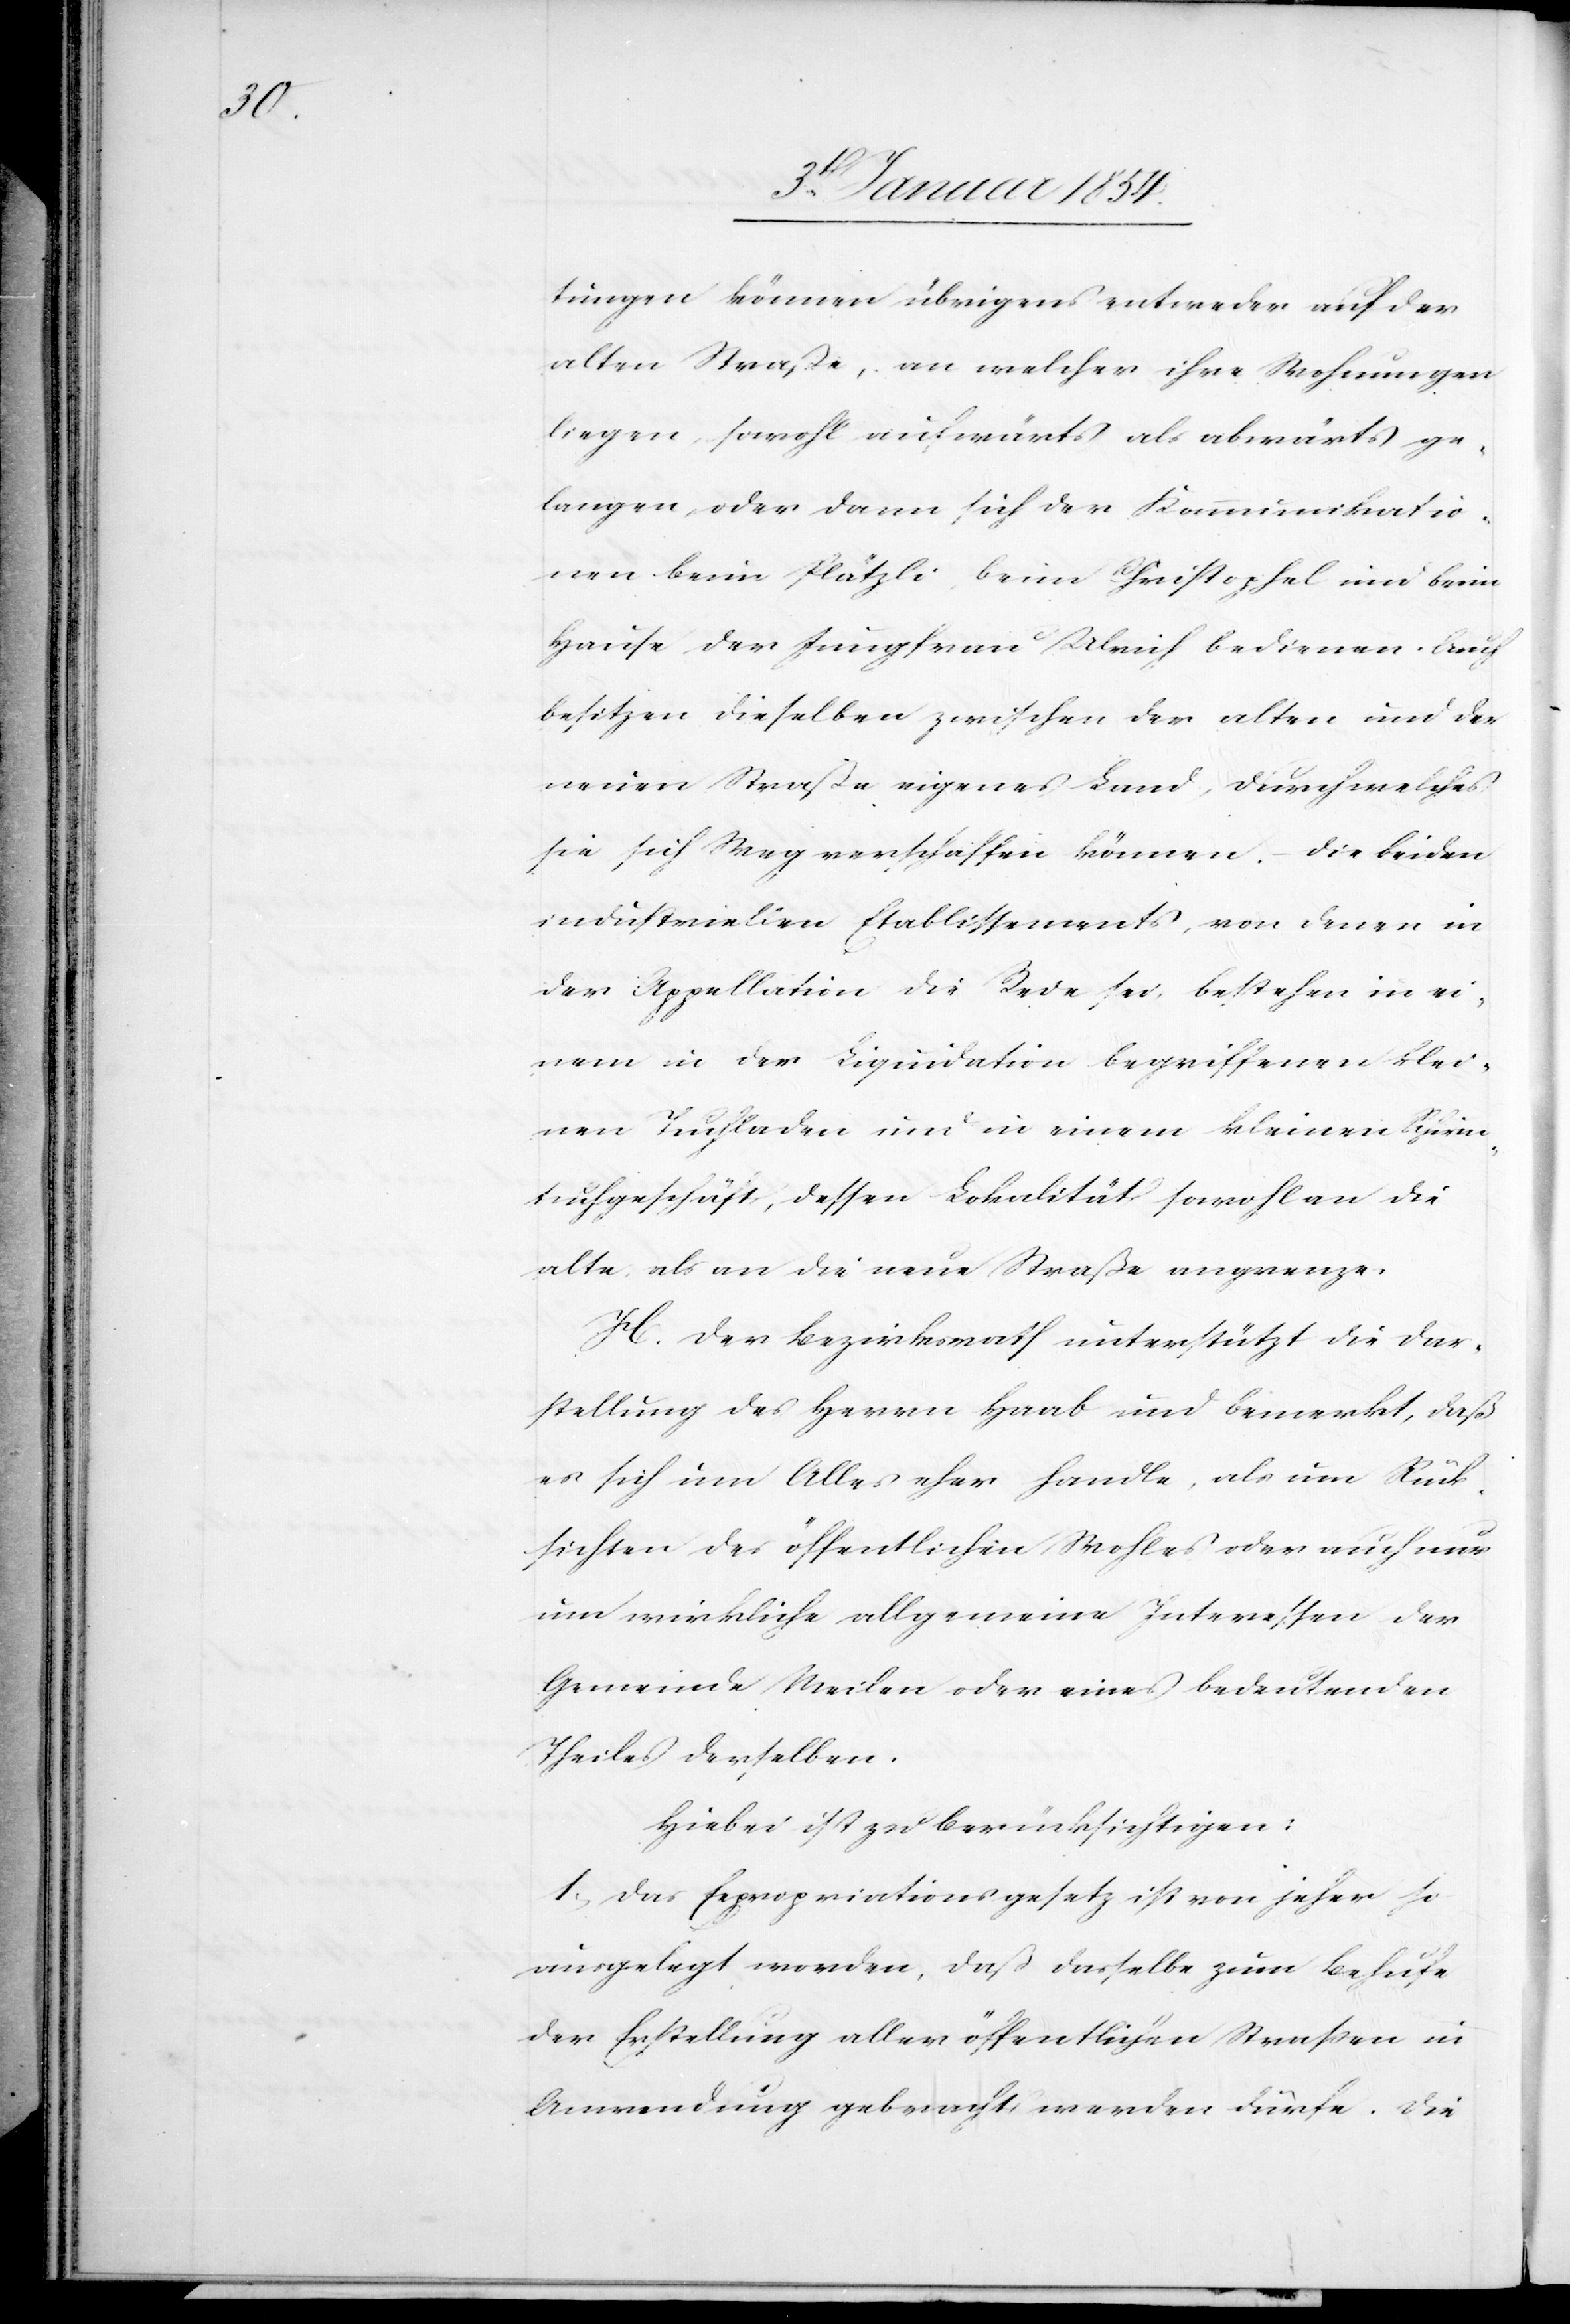
tungen können übrigens entweder auf der
alten Straße, an welcher ihre Wohnungen
liegen, sowohl aufwärts als abwärts ge¬
langen, oder dann sich der Kommunikatio¬
nen beim Plätzli, beim Christopfel und beim
Hause der Jungfrau Ulrich bedienen. Auch
besitzen dieselben zwischen der alten und der
neuen Straße eigenes Land, durch welches
sie sich Weg verschaffen können. – Die beiden
industriellen Etablissements, von denen in
der Appellation die Rede sei, bestehen in ei¬
nem in der Liquidation begriffenen klei¬
nen Tuchladen und in einem kleinen Schirm¬
tuchgeschäft, dessen Lokalität sowohl an die
alte, als an die neue Straße angrenze.
H. Der Bezirksrath unterstützt die Dar¬
stellung des Herrn Haab und bemerkt, daß
es sich um Alles eher handle, als um Rück¬
sichten des öffentlichen Wohles oder auch nur
um wirkliche allgemeine Interessen der
Gemeinde Meilen oder eines bedeutenden
Theiles derselben.
Hiebei ist zu berücksichtigen:
1. Das Expropriationsgesetz ist von jeher so
ausgelegt worden, daß dasselbe zum Behufe
der Erstellung aller öffentlichen Straßen in
Anwendung gebracht werden dürfe. Die